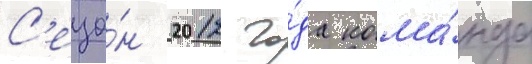
С'езо́н 2012 го́да кома́нда